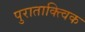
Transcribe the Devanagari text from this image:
पुराताक्त्विक